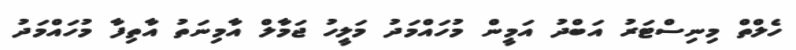
ހެލްތް މިނިސްޓަރު އަބްދު އަމީން މުހައްމަދު މަލީހު ޖަމާލް އާމިނަތު އާތިފާ މުހައްމަދު